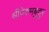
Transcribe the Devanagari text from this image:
श्रीपेरुमबुदुर